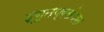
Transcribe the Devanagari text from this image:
द्यूतप्रसंगात